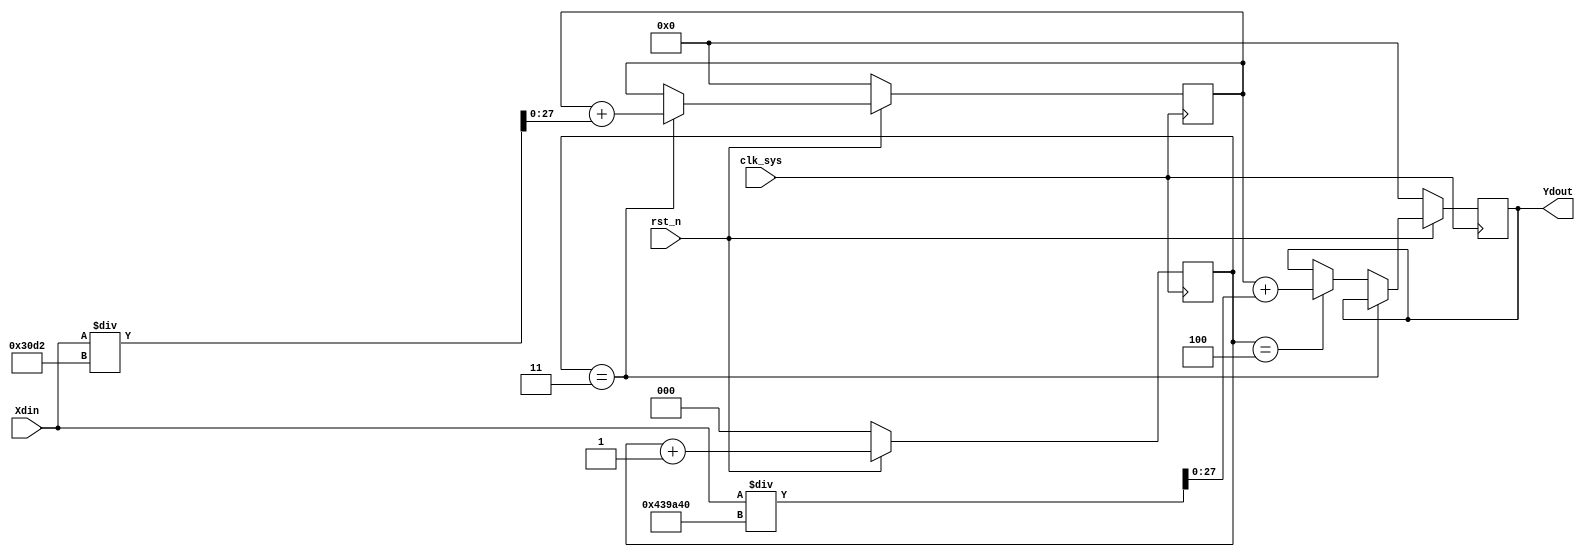
// This program was cloned from: https://github.com/Digital-EDA/Digital-IDE
// License: MIT License

`timescale 1ns / 1ps
module Loop_filter (
    input                clk_sys,
    input                rst_n,
    input  signed [27:0] Xdin,
    output signed [27:0] Ydout
);

parameter k1 = 12498;
parameter k2 = 4430400;

reg [2:0] cnt;
reg signed [27:0]   Ydin_1;
reg signed [27:0]   Ydout_buf;
always@(posedge clk_sys) begin
    if(!rst_n) 
        cnt <= 3'd0;
    else
        cnt <= cnt + 3'd1;
end
always@(posedge clk_sys) begin
    if(!rst_n) begin
        Ydin_1 <= 28'd0;
        Ydout_buf <= 28'd0;
    end
    else if(cnt == 3'd3)
        Ydin_1 = Ydin_1 + Xdin/k1;
    else if(cnt == 3'd4)
        Ydout_buf <= Ydin_1 + Xdin/k2;
end
assign Ydout = Ydout_buf;
endmodule